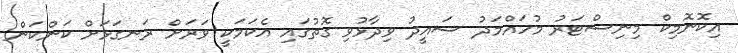
އިކޮނޮމިކް މިނިސްޓަރު މުހައްމަދު ސައީދު ވިދާޅުވި ގޮތުގައި އެކަމަކީ ވަރަށް ރަނގަޅަށް ކަންކަން